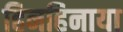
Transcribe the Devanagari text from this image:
हिनहिनाया